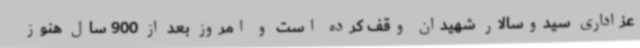
عزاداری سیدوسالار شهیدان وقف کرده است و امروز بعد از 900 سال هنوز